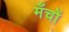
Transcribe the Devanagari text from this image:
मँचों